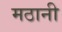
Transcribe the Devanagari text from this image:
मठानी